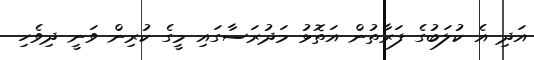
އަދި އެ ކުލަބުގެ ފަރާތުން އަތޮޅު މަދުރަސާގައި މީގެ ކުރިން ވަނީ ދިވެހި